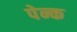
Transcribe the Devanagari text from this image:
पेन्क